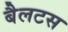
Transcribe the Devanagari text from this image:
बैलटस